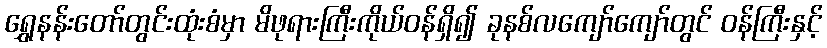
ရွှေနန်းတော်တွင်းထုံးစံမှာ မိဖုရားကြီးကိုယ်ဝန်ရှိ၍ ခုနစ်လကျော်ကျော်တွင် ဝန်ကြီးနှင့်